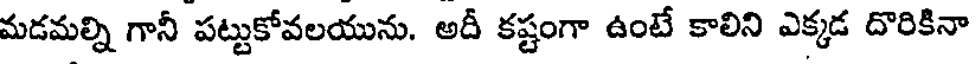
మడమల్ని గానీ పట్టుకోవలయును. అదీ కష్టంగా ఉంటే కాలిని ఎక్కడ దొరికినా